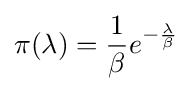
\pi (\lambda )={\frac {1}{\beta }}e^{-{\frac {\lambda }{\beta }}}